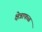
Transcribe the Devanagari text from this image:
क्षेत्राफळ